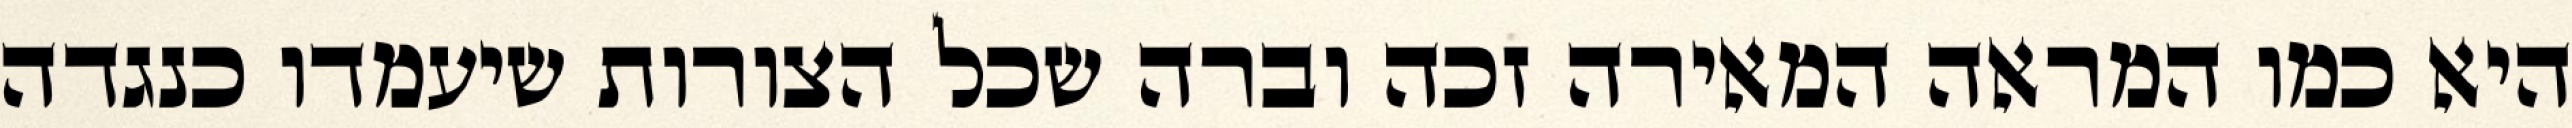
היא כמו המראה המאירה זכה וברה שכל הצורות שיעמדו כנגדה